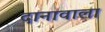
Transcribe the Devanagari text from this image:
दानावाला